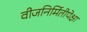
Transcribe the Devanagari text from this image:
वीजनिर्मितीपेक्षा